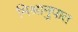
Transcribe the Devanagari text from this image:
मिश्रानुपात